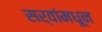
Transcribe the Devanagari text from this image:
सर्वांमधून